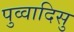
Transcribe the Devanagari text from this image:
पुव्वादिसु